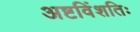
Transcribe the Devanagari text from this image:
अष्टविंशतिः